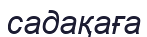
садақаға